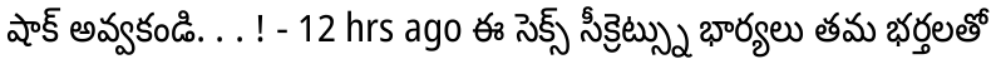
షాక్ అవ్వకండి. . . ! - 12 hrs ago ఈ సెక్స్ సీక్రెట్స్ను భార్యలు తమ భర్తలతో